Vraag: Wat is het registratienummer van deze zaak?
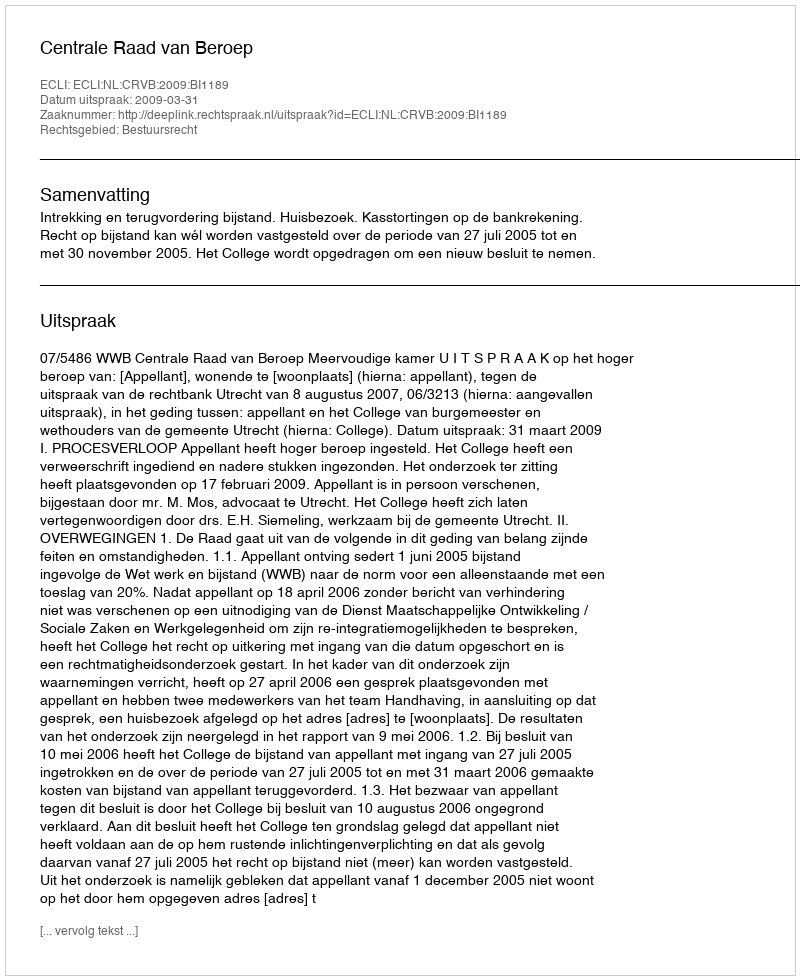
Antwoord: http://deeplink.rechtspraak.nl/uitspraak?id=ECLI:NL:CRVB:2009:BI1189